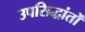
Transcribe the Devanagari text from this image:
उपसिद्धांतों